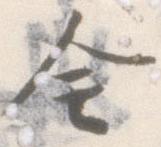
全